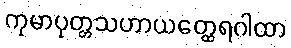
ကုမာပုတ္တသဟာယတ္ထေရဂါထာ